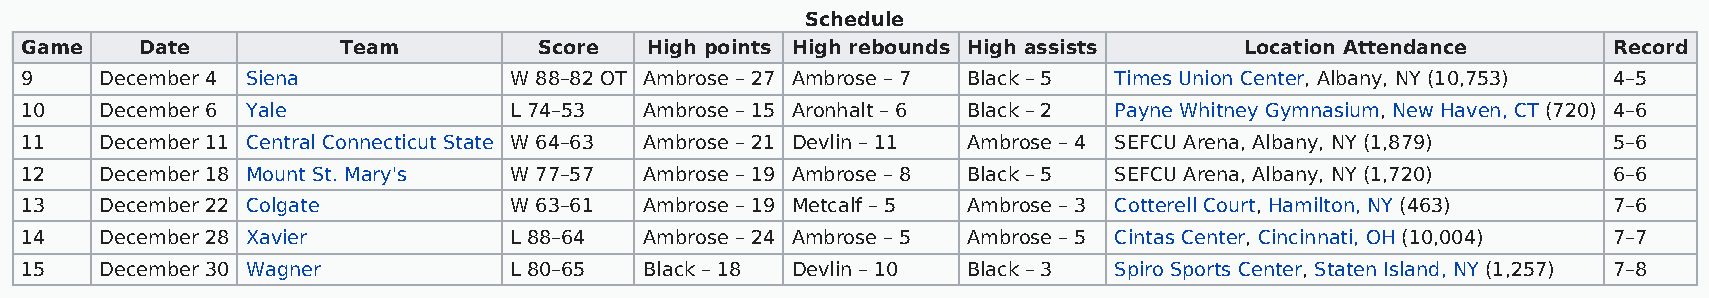
Schedule
 Game    Date          Team         Score  High points High rebounds High assists Location Attendance      Record
 9     December 4 Siena           W 88–82 OT Ambrose – 27 Ambrose – 7 Black – 5 Times Union Center, Albany, NY (10,753) 4–5
 10    December 6 Yale            L 74–53  Ambrose – 15 Aronhalt – 6 Black – 2 Payne Whitney Gymnasium, New Haven, CT (720) 4–6
 11    December 11 Central Connecticut State W 64–63 Ambrose – 21 Devlin – 11 Ambrose – 4 SEFCU Arena, Albany, NY (1,879) 5–6
 12    December 18 Mount St. Mary's W 77–57 Ambrose – 19 Ambrose – 8 Black – 5 SEFCU Arena, Albany, NY (1,720) 6–6
 13    December 22 Colgate        W 63–61  Ambrose – 19 Metcalf – 5 Ambrose – 3 Cotterell Court, Hamilton, NY (463) 7–6
 14    December 28 Xavier         L 88–64  Ambrose – 24 Ambrose – 5 Ambrose – 5 Cintas Center, Cincinnati, OH (10,004) 7–7
 15    December 30 Wagner         L 80–65  Black – 18 Devlin – 10 Black – 3 Spiro Sports Center, Staten Island, NY (1,257) 7–8